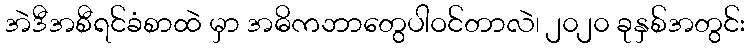
အဲဒီအစီရင်ခံစာထဲ မှာ အဓိကဘာတွေပါဝင်တာလဲ၊ ၂၀၂၀ ခုနှစ်အတွင်း